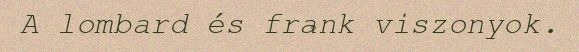
A lombard és frank viszonyok.